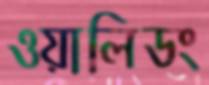
ওয়ালিডং